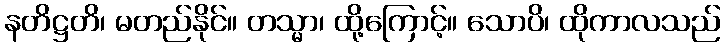
နတိဋ္ဌတိ၊ မတည်နိုင်။ တသ္မာ၊ ထို့ကြောင့်။ သောပိ၊ ထိုကာလသည်